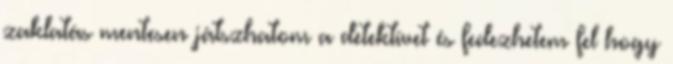
zaklatás mentesen játszhatom a detektívet és fedezhetem fel hogy